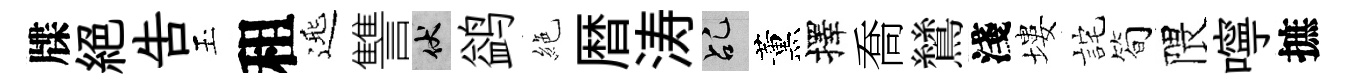
牒絕告玉租𨓱讐伏鹢絶暦涛乩薰擇喬鷥淺塿詫简隈嚀摭